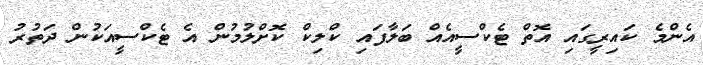
އެންމެ ކައިރީގައި އޮތް ޓެކްސީއެއް ބަލާފައި ކްލިކް ކޮށްލުމުން އެ ޓެކްސީއަކުން ދަތުރު